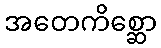
အတေကိစ္ဆော